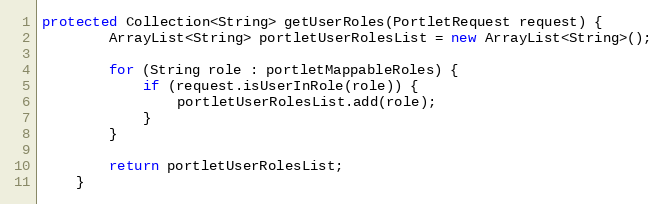
Language: Java
protected Collection<String> getUserRoles(PortletRequest request) {
        ArrayList<String> portletUserRolesList = new ArrayList<String>();

        for (String role : portletMappableRoles) {
            if (request.isUserInRole(role)) {
                portletUserRolesList.add(role);
            }
        }

        return portletUserRolesList;
    }